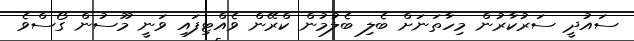
ސައުދީ ސަރުކާރުން މިހާތަނަށް ބެލި ބެލުމުން ކްރޭން ވެއްޓިފައި ވަނީ މޫސުން ގޯސްވެ